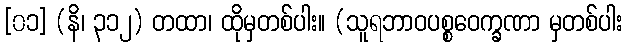
[၀၁] (နိ၊ ၃၁၂) တထာ၊ ထိုမှတစ်ပါး။ (သူရဘာဝပစ္စဝေက္ခဏာ မှတစ်ပါး